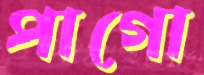
পাগো